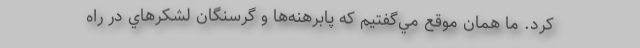
كرد. ما همان موقع مي‌گفتيم كه پابرهنه‌ها و گرسنگان لشكرهاي در راه